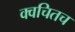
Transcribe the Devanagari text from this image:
क्‍वचितच